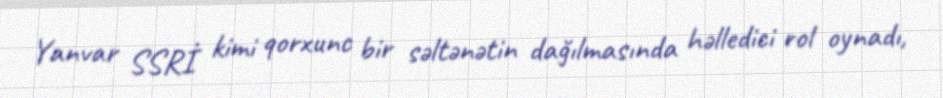
Yanvar SSRİ kimi qorxunc bir səltənətin dağılmasında həlledici rol oynadı,